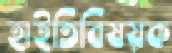
হাইতিবিষয়ক